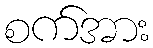
စက်အား